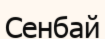
Сенбай